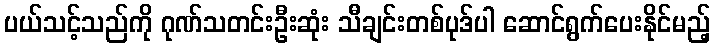
ပယ်သင့်သည်ကို ဂုဏ်သတင်းဦးဆုံး သီချင်းတစ်ပုဒ်ပါ ဆောင်ရွက်ပေးနိုင်မည့်